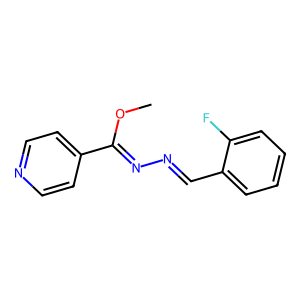
SMILES: COC(=NN=Cc1ccccc1F)c1ccncc1
Inhibits HIV replication: No